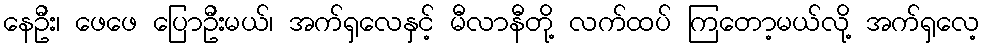
နေဦး၊ ဖေဖေ ပြောဦးမယ်၊ အက်ရှလေနှင့် မီလာနီတို့ လက်ထပ် ကြတော့မယ်လို့ အက်ရှလေ့